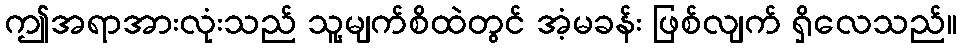
ဤအရာအားလုံးသည် သူ့မျက်စိထဲတွင် အံ့မခန်း ဖြစ်လျက် ရှိလေသည်။